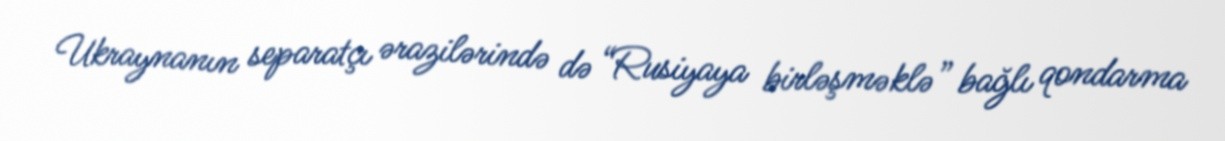
Ukraynanın separatçı ərazilərində də “Rusiyaya birləşməklə” bağlı qondarma